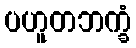
ပဟူတဘက္ခံ